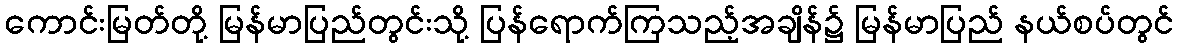
ကောင်းမြတ်တို့ မြန်မာပြည်တွင်းသို့ ပြန်ရောက်ကြသည့်အချိန်၌ မြန်မာပြည် နယ်စပ်တွင်